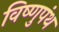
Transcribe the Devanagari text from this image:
विष्णुपंथ